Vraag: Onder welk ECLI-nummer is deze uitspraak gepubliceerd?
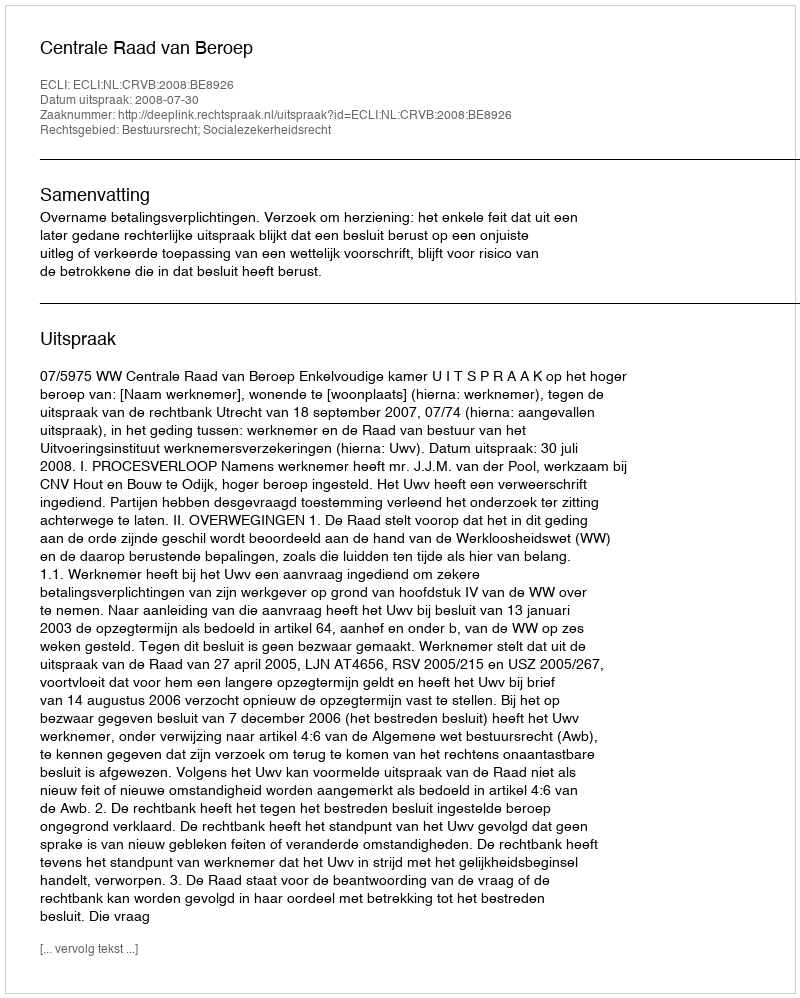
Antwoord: ECLI:NL:CRVB:2008:BE8926